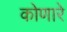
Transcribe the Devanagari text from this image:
कोणारे